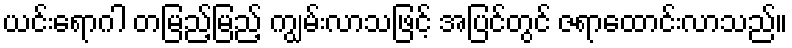
ယင်းရောဂါ တမြည့်မြည့် ကျွမ်းလာသဖြင့် အပြင်တွင် ဇရာထောင်းလာသည်။